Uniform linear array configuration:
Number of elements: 4
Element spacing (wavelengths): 0.25
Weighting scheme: hann
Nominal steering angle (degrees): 15
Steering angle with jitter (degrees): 16.928
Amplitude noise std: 0.05
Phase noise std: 0.05

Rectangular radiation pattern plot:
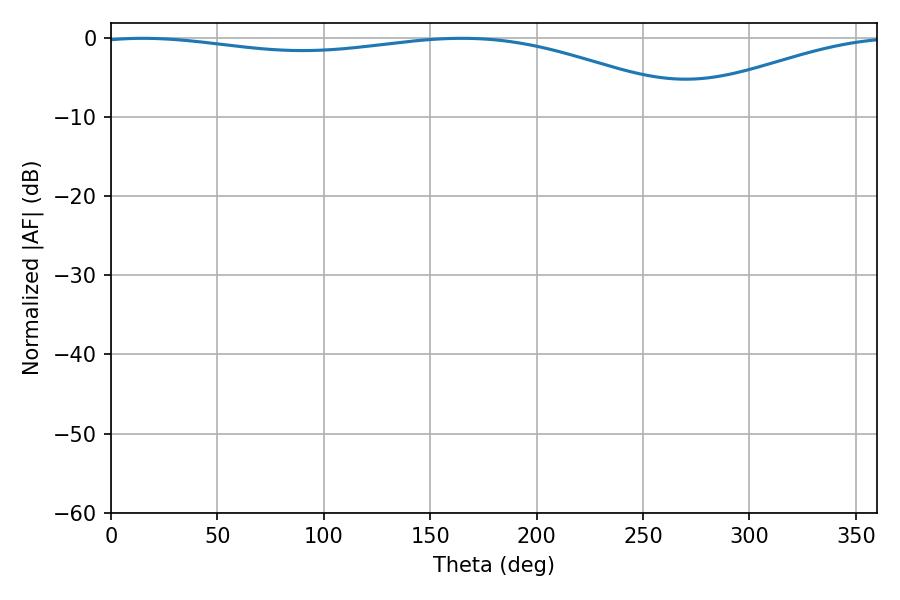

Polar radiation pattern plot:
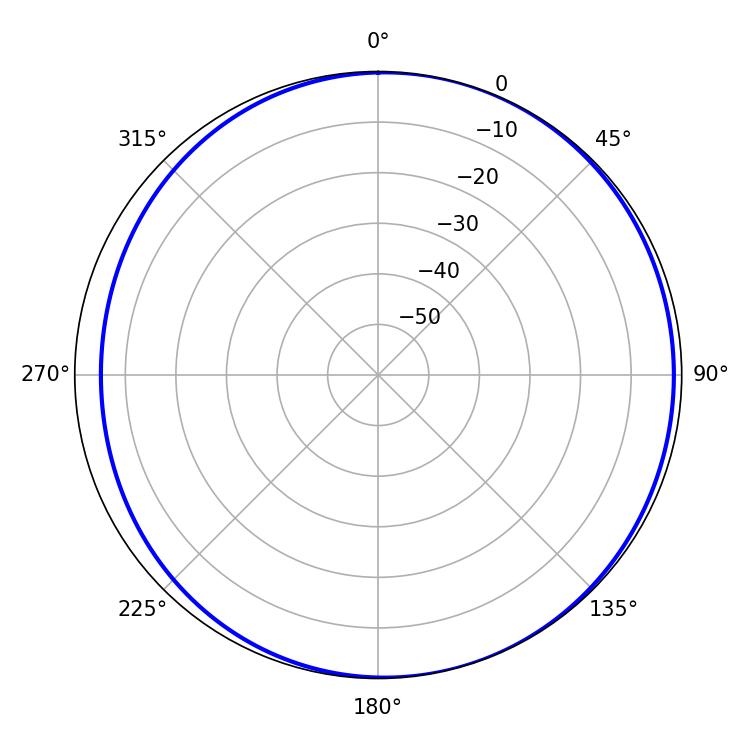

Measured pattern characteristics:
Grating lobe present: FALSE
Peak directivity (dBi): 4.534
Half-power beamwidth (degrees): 227.88
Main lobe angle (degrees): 15.12